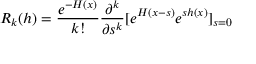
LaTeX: R _ { k } ( h ) = { \frac { e ^ { - H ( x ) } } { k ! } } { \frac { \partial ^ { k } } { \partial s ^ { k } } } \mathrm { \large [ } e ^ { H ( x - s ) } e ^ { s h ( x ) } \mathrm { \large ] } _ { s = 0 }